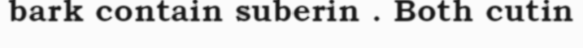
bark contain suberin . Both cutin